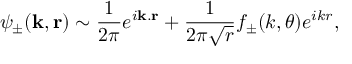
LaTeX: \psi _ { \pm } ( \mathbf { k } , \mathbf { r } ) \sim \frac { 1 } { 2 \pi } e ^ { i \mathbf { k } . \mathbf { r } } + \frac { 1 } { 2 \pi \sqrt { r } } f _ { \pm } ( k , \theta ) e ^ { i k r } ,